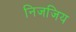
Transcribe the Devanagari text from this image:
निजजिय